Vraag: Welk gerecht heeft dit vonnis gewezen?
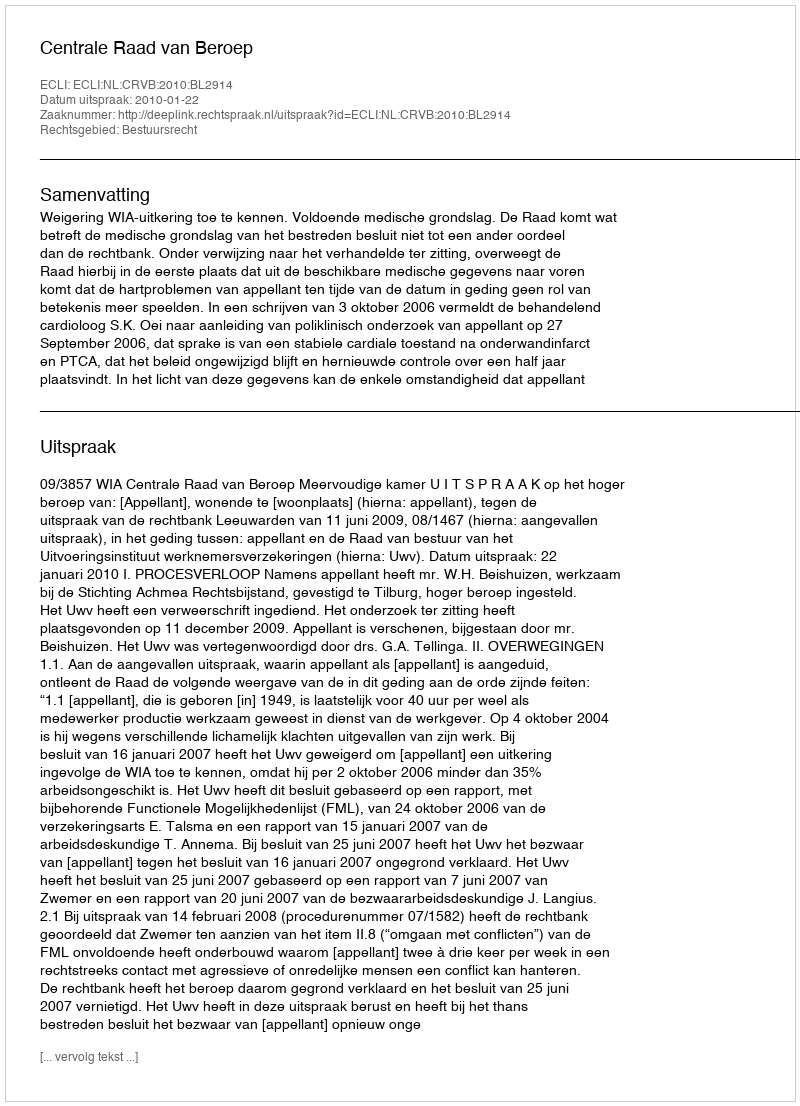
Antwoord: Centrale Raad van Beroep